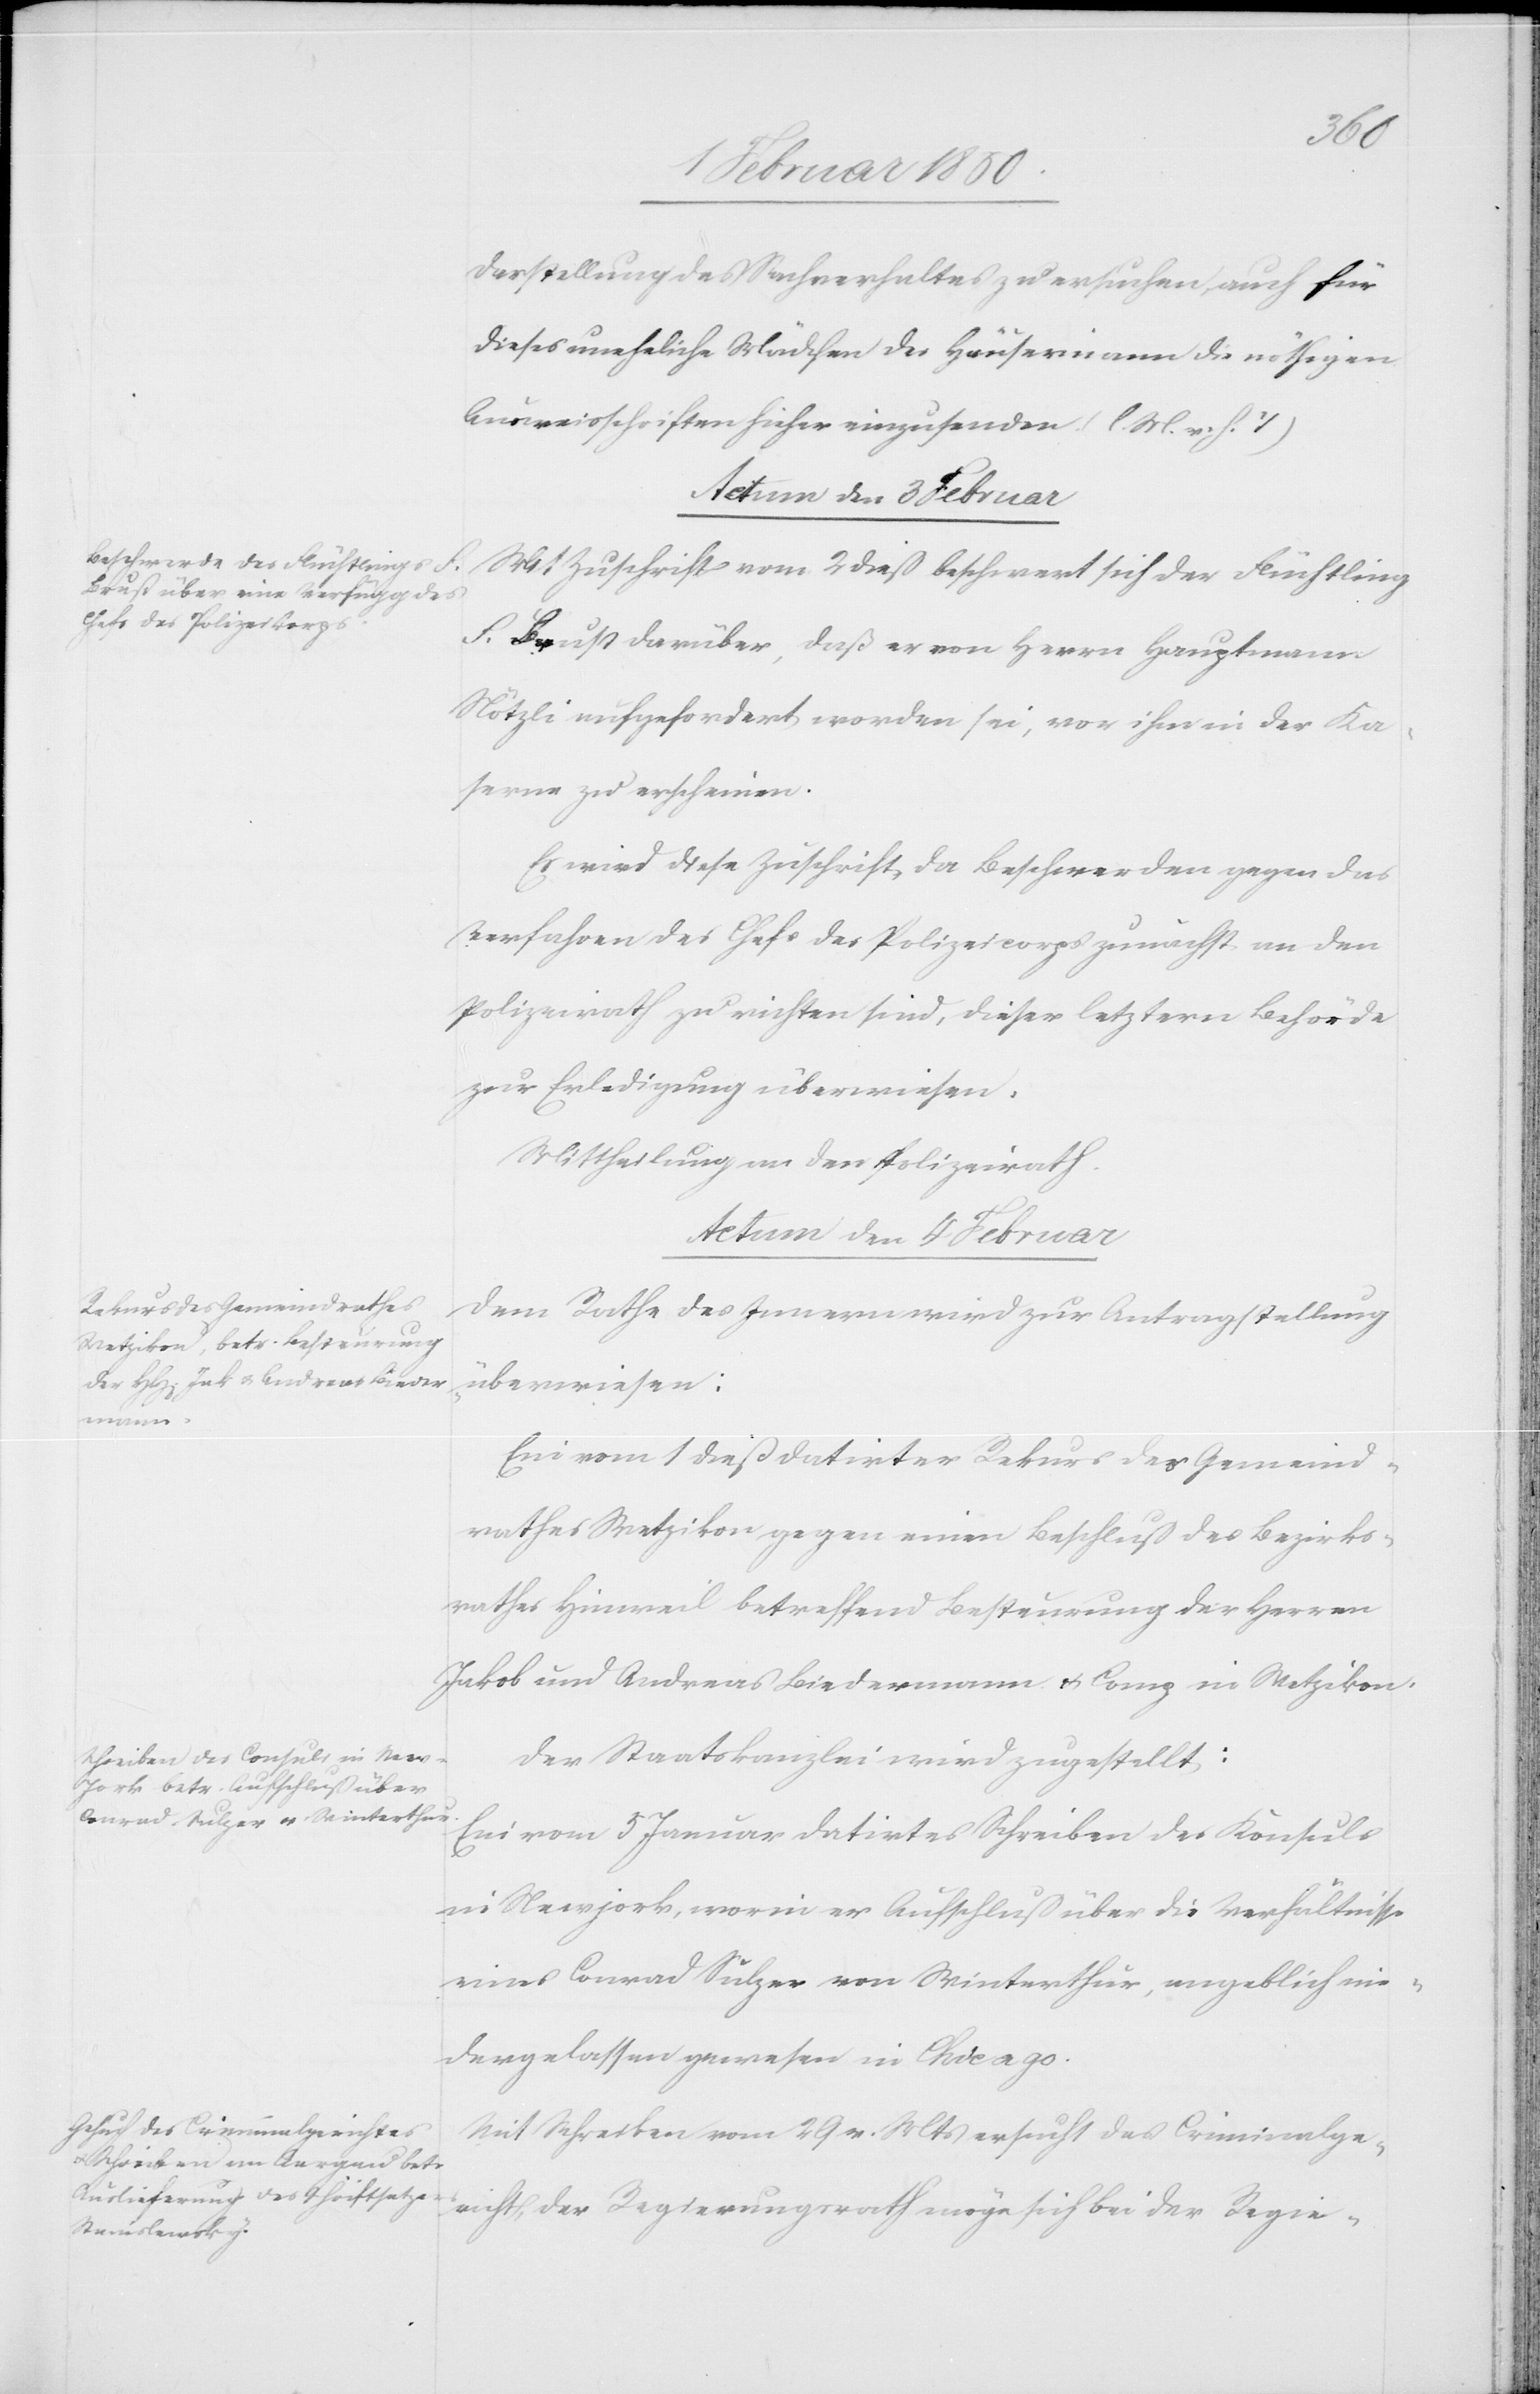
Darstellung des Sachverhaltes zu ersuchen, auch für
dieses uneheliche Mädchen des Häusermann die nöthigen
Ausweisschriften hieher einzusenden (l. M. v. h. T.)
Actum den 3 Februar
Mit Zuschrift vom 2 dieß beschwert sich der Flüchtling
F. Brust darüber, daß er von Herrn Hauptmann
Nötzli aufgefordert worden sei, vor ihm in der Ka¬
serne zu erscheinen.
Es wird diese Zuschrift, da Beschwerden gegen das
Verfahren des Chefs des Polizeicorps zunächst an den
Polizeirath zu richten sind, dieser letztern Behörde
zur Erledigung überwiesen.
Mittheilung an den Polizeirath.
Actum den 4 Februar]
Dem Rathe des Innern wird zur Antragstellung
überwiesen:
Ein vom 1 dieß datirter Rekurs des Gemeind¬
rathes Wetzikon gegen einen Beschluß des Bezirks¬
rathes Hinweil betreffend Besteurung der Herren
Jakob und Andreas Biedermann u. Comp in Wetzikon.
Der Staatskanzlei wird zugestellt:
Ein vom 5 Januar datirtes Schreiben des Konsuls
in Newjork, worin er Aufschluß über die Verhältnisse
eines Conrad Sulzer von Winterthur, angeblich nie¬
dergelassen gewesen in Chicago
Mit Schreiben vom 29 v. Mts ersucht des Criminalge¬
richt, der Regierungsrath möge sich bei der Regie-